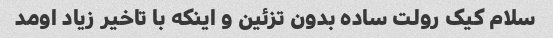
سلام کیک رولت ساده بدون تزئین و اینکه با تاخیر زیاد اومد